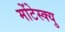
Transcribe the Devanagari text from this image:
मोंटेस्क्यु